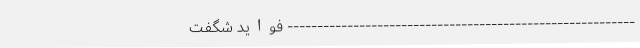
---------------------------------------------------------- فواید شگفت